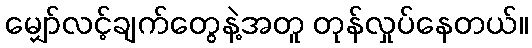
မျှော်လင့်ချက်တွေနဲ့အတူ တုန်လှုပ်နေတယ်။